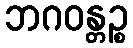
ဘဂဝန္တဉ္စ